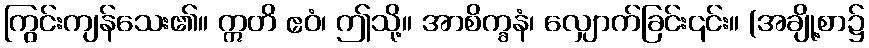
ကြွင်းကျန်သေး၏။ ဣတိ ဧဝံ၊ ဤသို့။ အာစိက္ခနံ၊ လျှောက်ခြင်း၎င်း။ (အချို့စာ၌